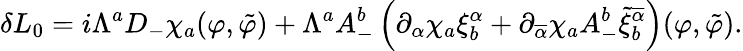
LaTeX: \delta L_{0}=i\Lambda^{a}D_{-}\chi_{a}(\varphi,\tilde{\varphi})+\Lambda^{a}A_{-}^{b}\left(\partial_{\alpha}\chi_{a}\xi_{b}^{\alpha}+\partial_{\overline{{{\alpha}}}}\chi_{a}A_{-}^{b}\tilde{\xi}_{b}^{\overline{{{\alpha}}}}\right)(\varphi,\tilde{\varphi}).